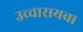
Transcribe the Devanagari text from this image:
उच्चारायचा